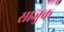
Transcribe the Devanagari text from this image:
साजुक